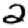
Digit: 2